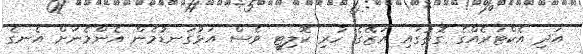
އަދި އެކްޓަރެއްގެ ގޮތުގައި އަޒޭގެ ހުރި ކޮލިޓީ ވެސް އަޅުގަނޑުމެން އެންމެނަށް އެނގެ